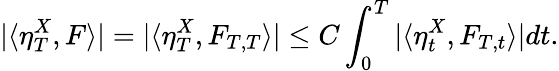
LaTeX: |\langle\eta_{T}^{X},F\rangle|=|\langle\eta_{T}^{X},F_{T,T}\rangle|\leq C\int_{0}^{T}|\langle\eta_{t}^{X},F_{T,t}\rangle|dt.